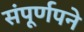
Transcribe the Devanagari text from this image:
संपूर्णपने